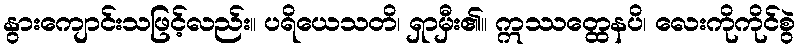
နွားကျောင်းသဖြင့်လည်း။ ပရိယေသတိ၊ ရှာမှီး၏။ ဣဿတ္ထေနပိ၊ လေးကိုကိုင်စွဲ